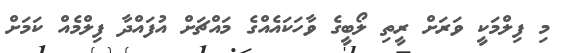
މި ފިލްމަކީ ވަރަށް ރީތި ލޯބީގެ ވާހަކައެއްގެ މައްޗަށް އުފައްދާ ފިލްމެއް ކަމަށް